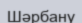
Шәрбану